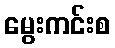
မွေးကင်းစ